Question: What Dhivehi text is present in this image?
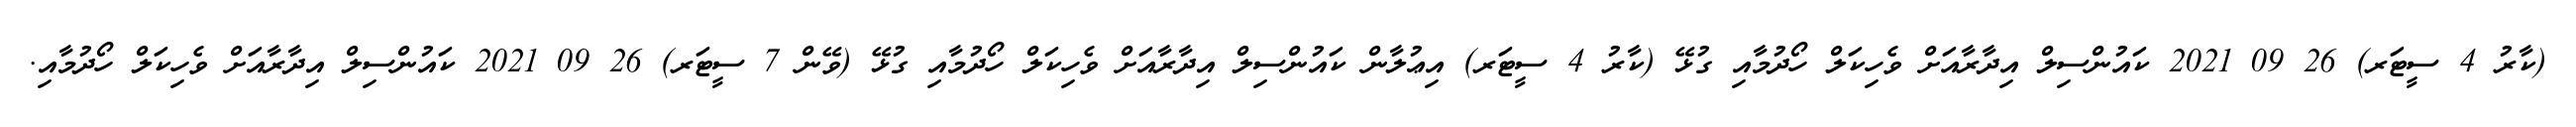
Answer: (ކާރު 4 ސީޓަރ) 26 09 2021 ކައުންސިލް އިދާރާއަށް ވެހިކަލް ހޯދުމާއި ގުޅޭ (ކާރު 4 ސީޓަރ) އިޢުލާން ކައުންސިލް އިދާރާއަށް ވެހިކަލް ހޯދުމާއި ގުޅޭ (ވޭން 7 ސީޓަރ) 26 09 2021 ކައުންސިލް އިދާރާއަށް ވެހިކަލް ހޯދުމާއި.